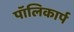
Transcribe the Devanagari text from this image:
पॉलिकार्प